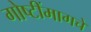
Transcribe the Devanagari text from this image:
गोष्टींमागचे